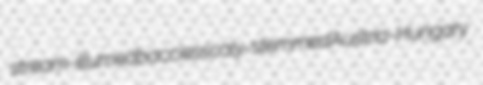
stream-illumed baccies scaly-stemmed Austria-Hungary